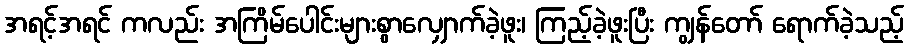
အရင့်အရင် ကလည်း အကြိမ်ပေါင်းများစွာလျှောက်ခဲ့ဖူး၊ ကြည့်ခဲ့ဖူးပြီး ကျွန်တော် ရောက်ခဲ့သည့်